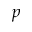
p